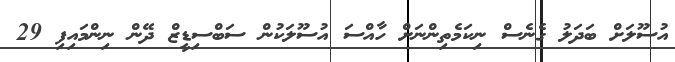
އުސޫލަށް ބަދަލު ގެނެސް ނިކަމެތިންނަށް ހާއްސަ އުސޫލަކުން ސަބްސިޑީޒް ދޭން ނިންމައިފި 29